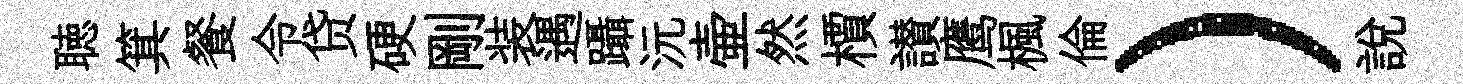
聴箕餐令贷硬剛装遇躡沅壷然檟讃鹰楓倫）說